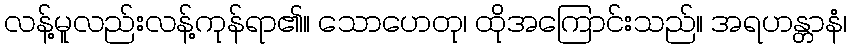
လန့်မူလည်းလန့်ကုန်ရာ၏။ သောဟေတု၊ ထိုအကြောင်းသည်။ အရဟန္တာနံ၊